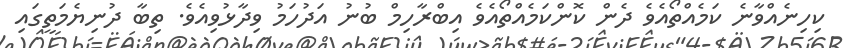
ކިހިނެއްވާނެ ކަމެއްތޯއެވެ ދެން ކޮންކަމެއްތޯއެވެ އިބްރާހިމް ބުނު އަދުހަމު ވިދާޅުވިއެވެ. ތިބާ ދުނިޔެމަތީގައި